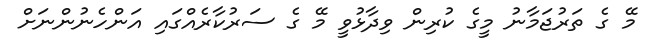
މޭ ގެ ތަރުޖަމާނު މީގެ ކުރިން ވިދާޅުވީ މޭ ގެ ސަރުކާރެއްގައި އަންހެނުންނަށް